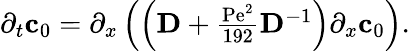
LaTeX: \begin{array}{r}{\partial_{t}\mathbf{c}_{0}=\partial_{x}\left(\left(\mathbf{D}+\frac{\mathrm{Pe}^{2}}{192}\mathbf{D}^{-1}\right)\partial_{x}\mathbf{c}_{0}\right).}\end{array}